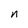
Character: n